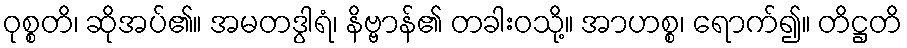
ဝုစ္စတိ၊ ဆိုအပ်၏။ အမတဒွါရံ၊ နိဗ္ဗာန်၏ တခါးဝသို့။ အာဟစ္စ၊ ရောက်၍။ တိဋ္ဌတိ